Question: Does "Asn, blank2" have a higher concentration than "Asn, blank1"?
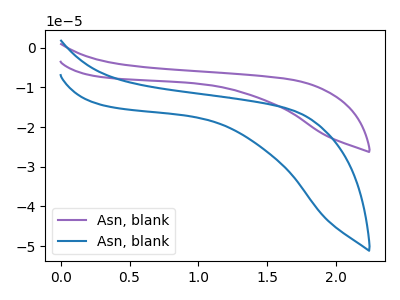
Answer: <think>The purple curve "Asn, blank1" has no peaks. The blue curve "Asn, blank2" has no peaks.
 Neither "Asn, blank2" or "Asn, blank1" have any peaks.</think>
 <answer>I cant tell if "Asn, blank2" or "Asn, blank1" has higher concentration.</answer>
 <eval>mixed_concentration</eval>